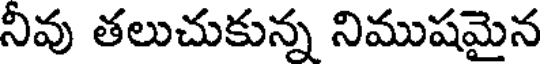
నీవు తలుచుకున్న నిముషమైన